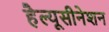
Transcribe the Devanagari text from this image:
हैल्यूसीनेशन